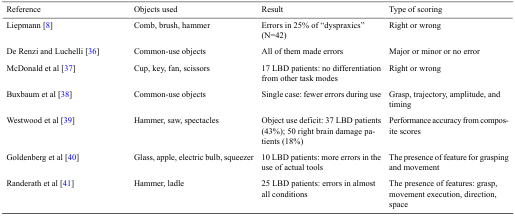
<table><thead><tr><td><b>Reference</b></td><td><b>Objects used</b></td><td><b>Result</b></td><td><b>Type of scoring</b></td></tr></thead><tbody><tr><td>Liepmann [8]</td><td>Comb, brush, hammer</td><td>Errors in 25% of “dyspraxics” (N=42)</td><td>Right or wrong</td></tr><tr><td>De Renzi and Luchelli [36]</td><td>Common-use objects</td><td>All of them made errors</td><td>Major or minor or no error</td></tr><tr><td>McDonald et al [37]</td><td>Cup, key, fan, scissors</td><td>17 LBD patients: no differentiation from other task modes</td><td>Right or wrong</td></tr><tr><td>Buxbaum et al [38]</td><td>Common-use objects</td><td>Single case: fewer errors during use</td><td>Grasp, trajectory, amplitude, and timing</td></tr><tr><td>Westwood et al [39]</td><td>Hammer, saw, spectacles</td><td>Object use deficit: 37 LBD patients (43%); 50 right brain damage patients (18%)</td><td>Performance accuracy from composite scores</td></tr><tr><td>Goldenberg et al [40]</td><td>Glass, apple, electric bulb, squeezer</td><td>10 LBD patients: more errors in the use of actual tools</td><td>The presence of feature for grasping and movement</td></tr><tr><td>Randerath et al [41]</td><td>Hammer, ladle</td><td>25 LBD patients: errors in almost all conditions</td><td>The presence of features: grasp, movement execution, direction, space</td></tr></tbody></table>